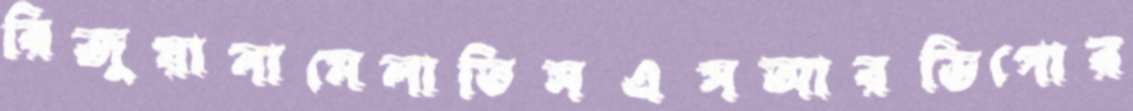
রিজুয়ানামেলাতিসএসআরডিপোর